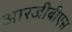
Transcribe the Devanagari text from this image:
आरजीबीएस